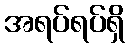
အရပ်ရပ်ရှိ